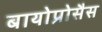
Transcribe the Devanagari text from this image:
बायोप्रोसैस